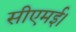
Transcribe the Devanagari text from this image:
सीएमई।